Insane asylums in Bengal annual reports 1867-1875 - 1867-1875
Year: 1867
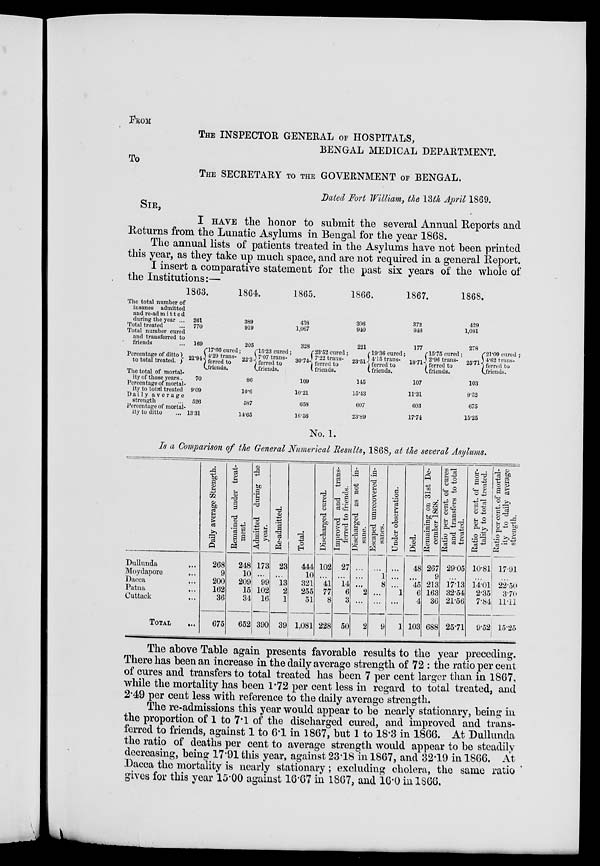
FROM
THE INSPECTOR GENERAL OF HOSPITALS,
BENGAL MEDICAL DEPARTMENT.
To
THE SECRETARY TO THE GOVERNMENT OF BENGAL,
Dated Fort William, the 13th April 1869.
SIR,
I HAVE the honor to submit the several Annual Reports and
Returns from the Lunatic Asylums in Bengal for the year 1868.
The annual lists of patients treated in the Asylums have not been printed
this year, as they take up much space, and are not required in a general Report.
I insert a comparative statement for the past six years of the whole of
the Institutions:—
The total number of
insanes admitted
and re-admitted
during the year ...
Total treated ...
Total number cured
and transferred to
friends ...
Percentage of ditto
to total treated.
The total of mortal-
ity of those years..
Percentage of mortal-
ity to total treated
Daily average
strength ...
Percentage of mortal-
ity to ditto ...
1863.
261
770
169
21.94
70
9.09
526
13.31
17.66 cured;
4.29 trans-
ferred to
friends.
1864.
389
919
205
22.3
86
10.6
587
14.65
15.23 cured;
7.07 trans-
ferred to
friends.
1865.
438
1,067
328
30.74
109
10.21
658
16.56
23.52 cured;
7.22 trans-
ferred to
friends.
1866.
306
940
221
23. 51
145
15.43
607
23.89
19.36 cured;
4.15 trans-
ferred to
friends.
1867.
372
946
177
18.71
107
11.31
603
17.74
15.75 cured;
2.96 trans-
ferred to
friends.
1868.
429
1,081
278
25.71
103
9.52
675
15.25
21.09 cured ;
4.62 trans-
ferred to
friends.
No. 1.
Is a Comparison of the General Numerical Results, 1868, at the several Asylums.
Dullunda ...
Moydapore
...
Dacca
...
Patna
...
Cuttack ...
TOTAL ...
Daily average Strength.
268
9
200
162
36
675
Remained under treat-
ment.
248
10
209
15
34
652
Admitted during the
year.
173
...
99
102
16
390
Re-admitted.
23
...
13
2
1
39
Total.
444
10
321
255
51
1,081
Discharged cured.
102
...
41
77
8
228
Improved and trans-
ferred to friends.
27
...
14
6
3
50
Discharged as not in-
sane.
...
...
...
2
...
2
Escaped unrecovered in-
sanes.
...
1
8
...
...
9
Under observation.
...
...
...
1
...
1
Died.
48
...
45
6
4
103
Remaining on 31st De-
cember 1868.
267
9
213
163
36
688
Ratio per cent. of cures
and transfers to total
treated.
29.05
...
17.13
32.54
21.56
25.71
Ratio per cent. of mor-
tality to total treated.
10.81
...
14.01
2.35
7.84
9.52
Ratio per cent. of mortal-
ity to daily average
strength.
17.91
...
22.50
3.70
11.11
15.25
The above Table again presents favorable results to the year preceding.
There has been an increase in the daily average strength of 72 : the ratio per cent
of cures and transfers to total treated has been 7 per cent larger than in 1867,
while the mortality has been 1.72 per cent less in regard to total treated, and
2.49 per cent less with reference to the daily average strength.
The re-admissions this year would appear to be nearly stationary, being in
the proportion of 1 to 7.1 of the discharged cured, and improved and trans-
ferred to friends, against 1 to 6.1 in 1867, but 1 to 18.3 in 1866. At Dullunda
the ratio of deaths per cent to average strength would appear to be steadily
decreasing, being 17.91 this year, against 23.18 in 1867, and 32.19 in 1866. At
Dacca the mortality is nearly stationary; excluding cholera, the same ratio
gives for this year 15.00 against 16.67 in 1867, and 16.0 in 1866.